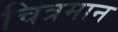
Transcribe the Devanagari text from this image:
चित्रमान